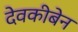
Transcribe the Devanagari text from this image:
देवकीबेन